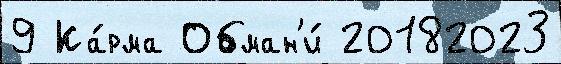
9 Ка́рма Обман'и́ 20182023